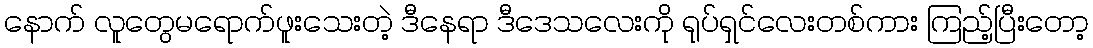
နောက် လူတွေမရောက်ဖူးသေးတဲ့ ဒီနေရာ ဒီဒေသလေးကို ရုပ်ရှင်လေးတစ်ကား ကြည့်ပြီးတော့